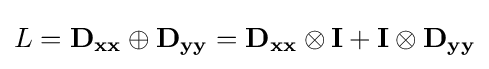
L=\mathbf {D_{xx}} \oplus \mathbf {D_{yy}} =\mathbf {D_{xx}} \otimes \mathbf {I} +\mathbf {I} \otimes \mathbf {D_{yy}}